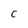
Character: C